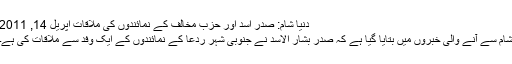
دنیا شام: صدر اسد اور حزب مخالف کے نمائندوں کی ملاقات اپریل 14, 2011
شام سے آنے والی خبروں میں بتایا گیا ہے کہ صدر بشار الاسد نے جنوبی شہر ردعا کے نمائندوں کے ایک وفد سے ملاقات کی ہے۔